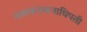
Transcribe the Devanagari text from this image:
नाशकस्थानाधिपती